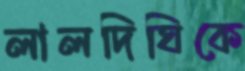
লালদিঘিকে